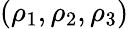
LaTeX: (\rho_{1},\rho_{2},\rho_{3})